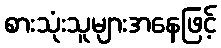
စားသုံးသူများအနေဖြင့်